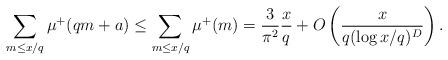
LaTeX: \begin{align*}\sum_{m\leq x/q}\mu^{+}(qm+a)\leq \sum_{m\leq x/q}\mu^{+}(m)=\frac{3}{\pi^2}\frac{x}{q}+O\left(\frac{x}{q(\log x/q)^D}\right).\end{align*}